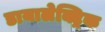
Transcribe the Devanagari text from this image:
डायालेक्ट्रिक